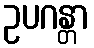
ဥပဂန္တာ